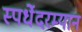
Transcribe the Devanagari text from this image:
स्पर्धेेदरम्यान